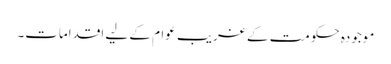
موجودہ حکومت کے غریب عوام کے لیے اقدامات۔